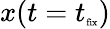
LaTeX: x(t=t_{\tiny{\textrm{fix}}})